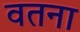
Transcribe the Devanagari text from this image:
वतना